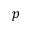
p